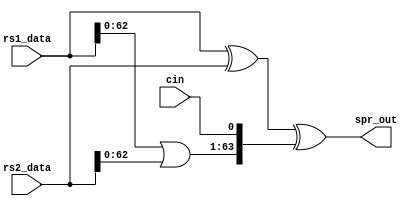
// ========== Copyright Header Begin ==========================================
// 
// OpenSPARC T1 Processor File: sparc_exu_aluspr.v
// Copyright (c) 2006 Sun Microsystems, Inc.  All Rights Reserved.
// DO NOT ALTER OR REMOVE COPYRIGHT NOTICES.
// 
// The above named program is free software; you can redistribute it and/or
// modify it under the terms of the GNU General Public
// License version 2 as published by the Free Software Foundation.
// 
// The above named program is distributed in the hope that it will be 
// useful, but WITHOUT ANY WARRANTY; without even the implied warranty of
// MERCHANTABILITY or FITNESS FOR A PARTICULAR PURPOSE.  See the GNU
// General Public License for more details.
// 
// You should have received a copy of the GNU General Public
// License along with this work; if not, write to the Free Software
// Foundation, Inc., 51 Franklin St, Fifth Floor, Boston, MA 02110-1301, USA.
// 
// ========== Copyright Header End ============================================
////////////////////////////////////////////////////////////////////////
/*
//  Module Name: sparc_exu_aluspr
//	Description:		This block implements the sum predict for the sparc alu.
//            It takes two operands and produces the correct result if the
//            sum is zero.  If not, the output is undefined, but non-zero.
*/

module sparc_exu_aluspr(/*AUTOARG*/
   // Outputs
   spr_out, 
   // Inputs
   rs1_data, rs2_data, cin
   );

input [63:0] rs1_data;
input [63:0] rs2_data;
   input     cin;
output [63:0] spr_out;

wire [63:0] rs1_data_xor_rs2_data;
wire [62:0] rs1_data_or_rs2_data;
wire [63:0] shift_or;

assign rs1_data_xor_rs2_data[63:0] = rs1_data[63:0] ^ rs2_data[63:0];
assign rs1_data_or_rs2_data[62:0] = rs1_data[62:0] | rs2_data[62:0];
assign shift_or[63:0] = {rs1_data_or_rs2_data[62:0],cin};

assign spr_out[63:0] = rs1_data_xor_rs2_data[63:0] ^ shift_or[63:0];

endmodule  // sparc_exu_aluspr